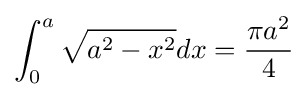
\int _{0}^{a}{\sqrt {a^{2}-x^{2}}}dx={\frac {\pi a^{2}}{4}}